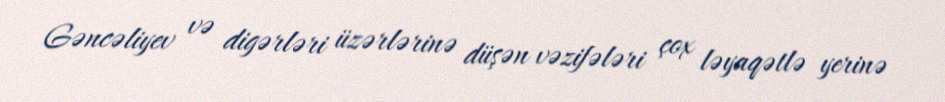
Gəncəliyev və digərləri üzərlərinə düşən vəzifələri çox ləyaqətlə yerinə